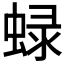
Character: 𧌍